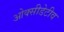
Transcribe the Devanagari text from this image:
ओक्सीडेटीव